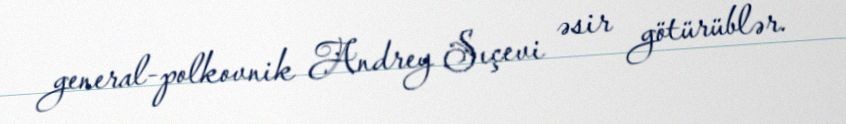
general-polkovnik Andrey Sıçevi əsir götürüblər.